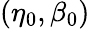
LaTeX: (\eta_{0},\beta_{0})